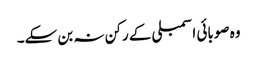
وہ صوبائی اسمبلی کے رکن نہ بن سکے۔